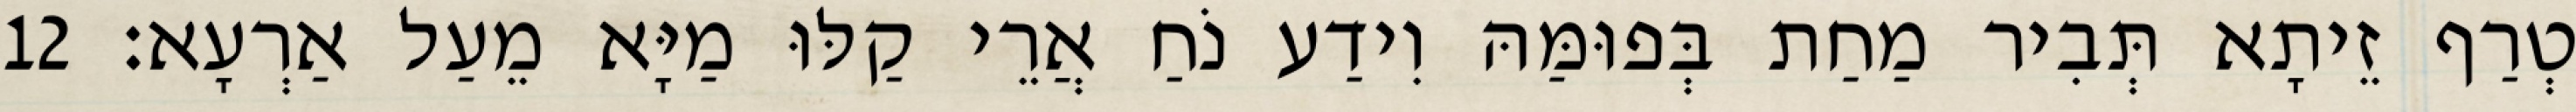
טְרַף זֵיתָא תְּבִיר מַחַת בְּפוּמַּהּ וִידַע נֹחַ אֲרֵי קַלּוּ מַיָּא מֵעַל אַרְעָא׃ 12